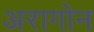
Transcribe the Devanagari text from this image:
अरागोन